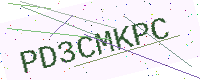
Text: PD3CMKPC